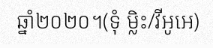
ឆ្នាំ២០២០។(ទុំ ម្លិះ/វីអូអេ)